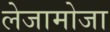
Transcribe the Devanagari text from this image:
लेजामोजा